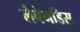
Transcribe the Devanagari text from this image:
लैवेनडिस